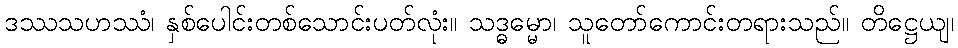
ဒဿသဟဿံ၊ နှစ်ပေါင်းတစ်သောင်းပတ်လုံး။ သဒ္ဓမ္မော၊ သူတော်ကောင်းတရားသည်။ တိဋ္ဌေယျ၊